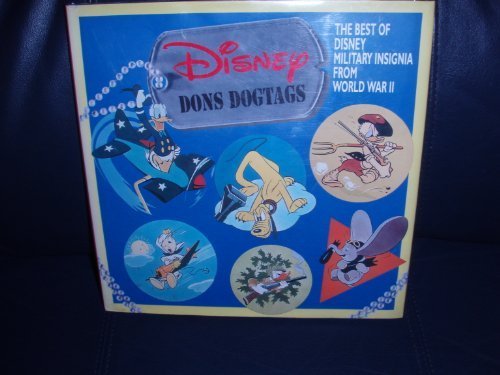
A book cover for Disney Dons Dogtags: The Best of Disney Military Insignia from World War II (Recollectible series); Walton Rawls; Crafts, Hobbies & Home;